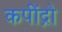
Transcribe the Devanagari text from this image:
कपींद्रो